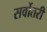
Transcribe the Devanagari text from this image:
सर्वोतरी